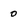
Character: 0